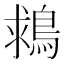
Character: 𪁖